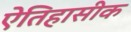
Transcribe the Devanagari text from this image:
एेतिहासीक